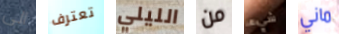
الى تعترف الليلي من شيء ماني